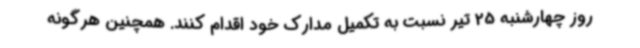
روز چهارشنبه 25 تیر نسبت به تکمیل مدارک خود اقدام کنند. همچنین هرگونه